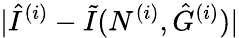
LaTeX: |\hat{I}^{(i)}-\tilde{I}(N^{(i)},\hat{G}^{(i)})|